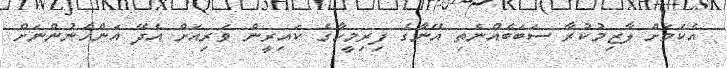
އެކަމަށް ލާޒިމުކުރާ ސަބަބެއްނެތި އޭނާގެ ފިރިމީހާގެ ކައިރީން ވަރިއަށް އެދޭ އަންހެނުންނަށް